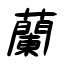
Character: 蘭